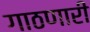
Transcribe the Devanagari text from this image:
गाठणारी